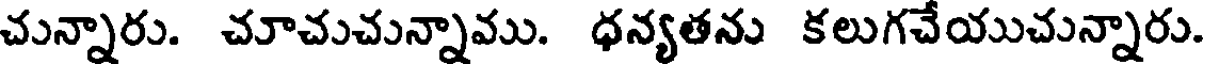
చున్నారు. చూచుచున్నాము. ధన్యతను కలుగచేయుచున్నారు.